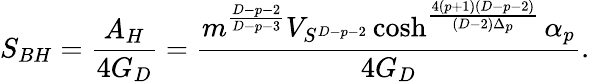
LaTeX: S_{BH}={\frac{A_{H}}{4G_{D}}}={\frac{m^{\frac{D-p-2}{D-p-3}}V_{S^{D-p-2}}\cosh^{\frac{4(p+1)(D-p-2)}{(D-2)\Delta_{p}}}\alpha_{p}}{4G_{D}}}.